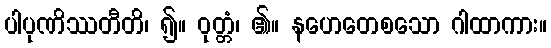
ပါပုဏိဿတီတိ၊ ၍။ ဝုတ္တံ၊ ၏။ နဟေတေစသော ဂါထာကား။